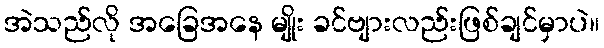
အဲသည်လို အခြေအနေ မျိုး ခင်ဗျားလည်းဖြစ်ချင်မှာပဲ။